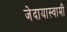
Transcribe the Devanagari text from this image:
जेदायास्वामी